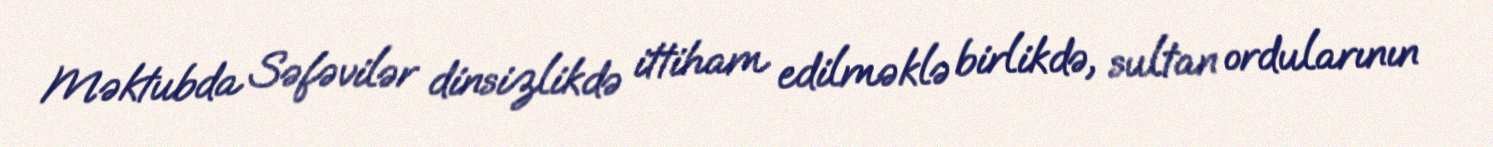
Məktubda Səfəvilər dinsizlikdə ittiham edilməklə birlikdə, sultan ordularının